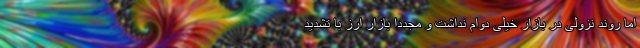
اما روند نزولی در بازار خیلی دوام نداشت و مجدداً بازار ارز با تشدید